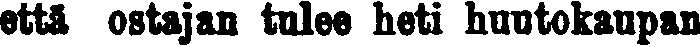
että ostajan tulee heti huutokaupan